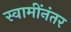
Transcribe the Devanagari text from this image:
स्वामींनंतर